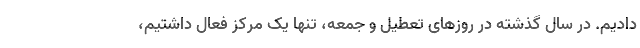
دادیم. در سال گذشته در روزهای تعطیل و جمعه، تنها یک مرکز فعال داشتیم،